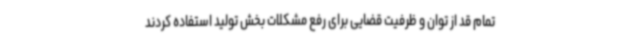
تمام قد از توان و ظرفیت قضایی برای رفع مشکلات بخش تولید استفاده کردند